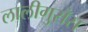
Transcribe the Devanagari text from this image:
लालीगुराँस